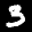
Label: 3